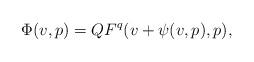
LaTeX: \begin{align*}\Phi(v,p) = QF^q(v + \psi(v,p),p),\end{align*}